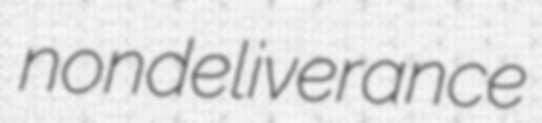
nondeliverance